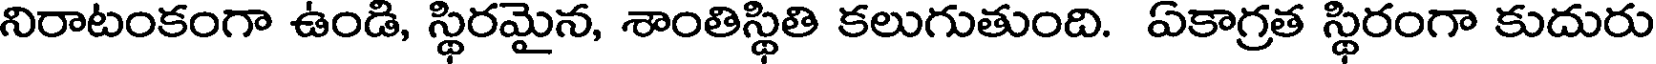
నిరాటంకంగా ఉండి, స్థిరమైన, శాంతిస్థితి కలుగుతుంది. ఏకాగ్రత స్థిరంగా కుదురు